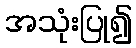
အသုံးပြု၍